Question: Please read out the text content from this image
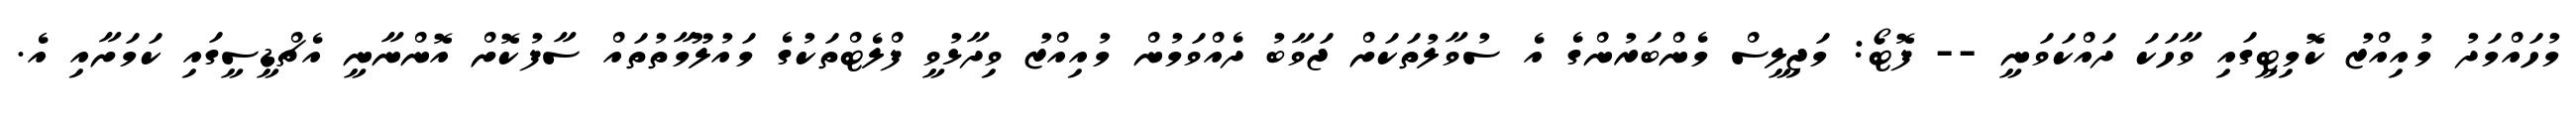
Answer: މުހައްމަދު މުއިއްޒު ކޮމިޓީގައި ވާހަކަ ދައްކަވަނީ -- ފޮޓޯ: މަޖިލީސް މެންބަރުންގެ އެ ސުވާލުތަކަށް ޖަވާބު ދެއްވަމުން މުއިއްޒު ވިދާޅުވީ ފްލެޓްތަކުގެ މައުލޫމާތުތައް ސާފުކޮށް އޮންނާނީ އެޗްޑީސީގައި ކަމަށާއި އެ.